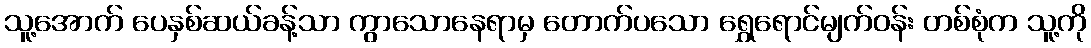
သူ့အောက် ပေနှစ်ဆယ်ခန့်သာ ကွာသောနေရာမှ တောက်ပသော ရွှေရောင်မျက်ဝန်း တစ်စုံက သူ့ကို